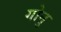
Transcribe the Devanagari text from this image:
गोनु